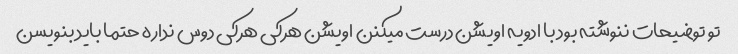
تو توضیحات ننوشته بود با ادویه اویشن درست میکنن اویشن هرکی هرکی دوس نداره حتما باید بنویسن